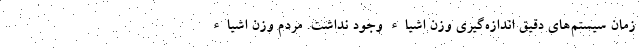
زمان سیستم‌های دقیق اندازه‌گیری وزن اشیاء وجود نداشت. مردم وزن اشیاء